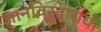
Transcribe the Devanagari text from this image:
ज्ञानविस्ताराची